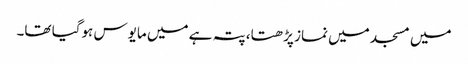
میں مسجد میں نماز پڑھتا، پتہ ہے میں مایوس ہوگیا تھا۔